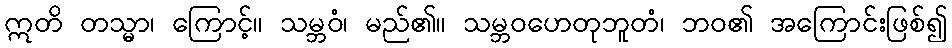
ဣတိ တသ္မာ၊ ကြောင့်။ သမ္ဘဝံ၊ မည်၏။ သမ္ဘဝဟေတုဘူတံ၊ ဘဝ၏ အကြောင်းဖြစ်၍